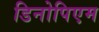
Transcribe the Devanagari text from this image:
डिनोपिएम